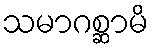
သမာဂစ္ဆာမိ